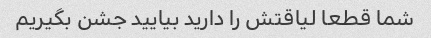
شما قطعا لیاقتش را دارید بیایید جشن بگیریم